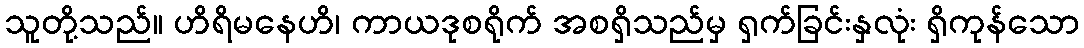
သူတို့သည်။ ဟိရိမနေဟိ၊ ကာယဒုစရိုက် အစရှိသည်မှ ရှက်ခြင်းနှလုံး ရှိကုန်သော